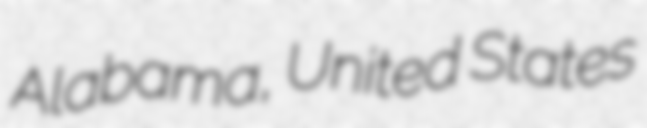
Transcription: Alabama, United States